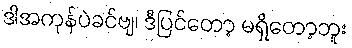
ဒါအကုန်ပဲခင်ဗျ၊ ဒီပြင်တော့ မရှိတော့ဘူး